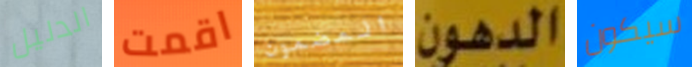
الدليل اقمت المضمون الدهون سيكون